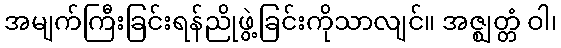
အမျက်ကြီးခြင်းရန်ညိုဖွဲ့ခြင်းကိုသာလျင်။ အဇ္ဈတ္တံ ဝါ၊